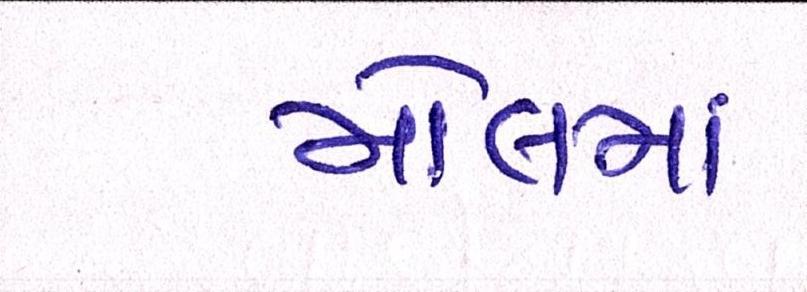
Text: મોલમાં